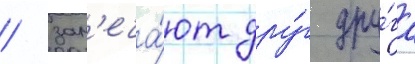
/ зам'еча́ют дру́г дру́га